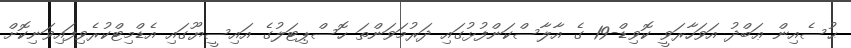
ޙުސެއިން ޢަބްދު އަވަހާރަވީ ކޮވިޑް-19 ގެ އާލާސްކަންފުޅުގައި ދަރުމަވަންތަ ހޮސްޕިޓަލުގެ އައިސީޔޫގައި އެޑްމިޓްކުރެވިފައިވަނިކޮށް